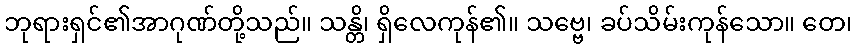
ဘုရားရှင်၏အာဂုဏ်တို့သည်။ သန္တိ၊ ရှိလေကုန်၏။ သဗ္ဗေ၊ ခပ်သိမ်းကုန်သော။ တေ၊